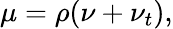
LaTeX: \mu=\rho(\nu+\nu_{t}),